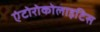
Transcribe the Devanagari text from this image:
एंटोरोकोलाइटिस